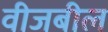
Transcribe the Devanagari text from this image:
वीजबील